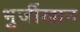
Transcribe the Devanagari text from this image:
भुर्जीखान